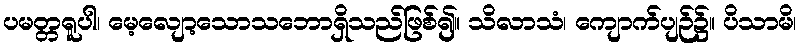
ပမတ္တရူပါ၊ မေ့လျော့သောသဘောရှိသည်ဖြစ်၍။ သိလာသံ၊ ကျောက်ပျဉ်၌။ ပိသာမိ၊